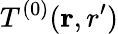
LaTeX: T^{(0)}({\mathbf r,r^{\prime}})